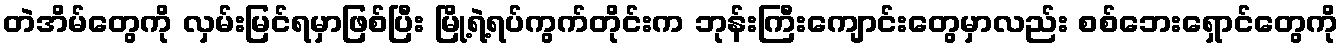
တဲအိမ်တွေကို လှမ်းမြင်ရမှာဖြစ်ပြီး မြို့ရဲ့ရပ်ကွက်တိုင်းက ဘုန်းကြီးကျောင်းတွေမှာလည်း စစ်ဘေးရှောင်တွေကို